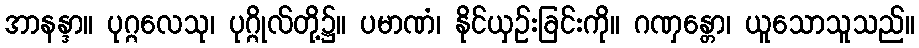
အာနန္ဒာ။ ပုဂ္ဂလေသု၊ ပုဂ္ဂိုလ်တို့၌။ ပမာဏံ၊ နိုင်ယှဉ်းခြင်းကို။ ဂဏှန္တော၊ ယူသောသူသည်။